Lunatic asylums Central Provinces reports 1886-1894 - 1886-1894
Year: 1886
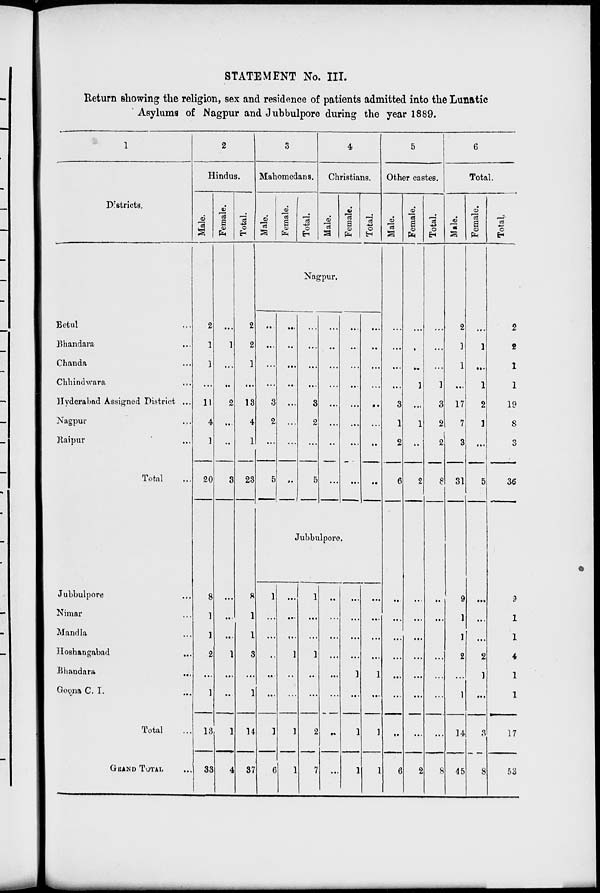
STATEMENT No. III.
Return showing the religion, sex and residence of patients admitted into the Lunatic
Asylums of Nagpur and Jubbulpore during the year 1889.
1
Districts.
Betul ...
Bhandara ...
Chanda ...
Chhindwara
...
Hyderabad Assigned District ...
Nagpur ...
Raipur ...
Total ...
Jubbulpore ...
Nimar ...
Mandla ...
Hoshangabad ...
Bhandara
...
Goona C. I. ...
Total ...
GRAND TOTAL ...
2
Hindus.
Male.
2
1
1
...
11
4
1
20
8
1
1
2
...
1
13
33
Female.
...
1
...
...
2
...
...
3
...
...
...
1
...
...
1
4
Total.
2
2
1
...
13
4
1
23
8
1
1
3
...
1
14
37
3
Mahomedans.
Male.
Female.
Total.
4
Christians.
Male.
Female.
Total.
Nagpur.
...
...
...
...
3
2
...
5
...
...
...
...
...
...
...
...
...
...
...
...
3
2
...
5
...
...
...
...
...
...
...
...
...
...
...
...
...
...
...
...
...
...
...
...
...
...
...
...
Jubbulpore.
1
...
...
...
..
...
1
6
...
...
...
1
..
...
1
1
1
...
...
1
...
...
2
7
...
...
...
...
...
...
...
...
...
...
...
...
1
...
1
1
...
...
...
...
1
...
1
1
5
Other castes.
Male.
...
...
...
...
3
1
2
6
...
...
...
...
...
...
...
6
Female.
...
...
...
1
...
1
...
2
...
...
...
...
...
...
...
2
Total.
...
...
...
1
3
2
2
8
...
...
...
...
...
...
...
8
6
Total.
Male.
2
1
1
...
17
7
3
31
9
1
1
2
...
1
14
45
Female.
...
1
...
1
2
1
...
5
...
...
...
2
1
...
3
8
Total.
2
2
1
1
19
8
3
36
9
1
1
4
1
1
17
53